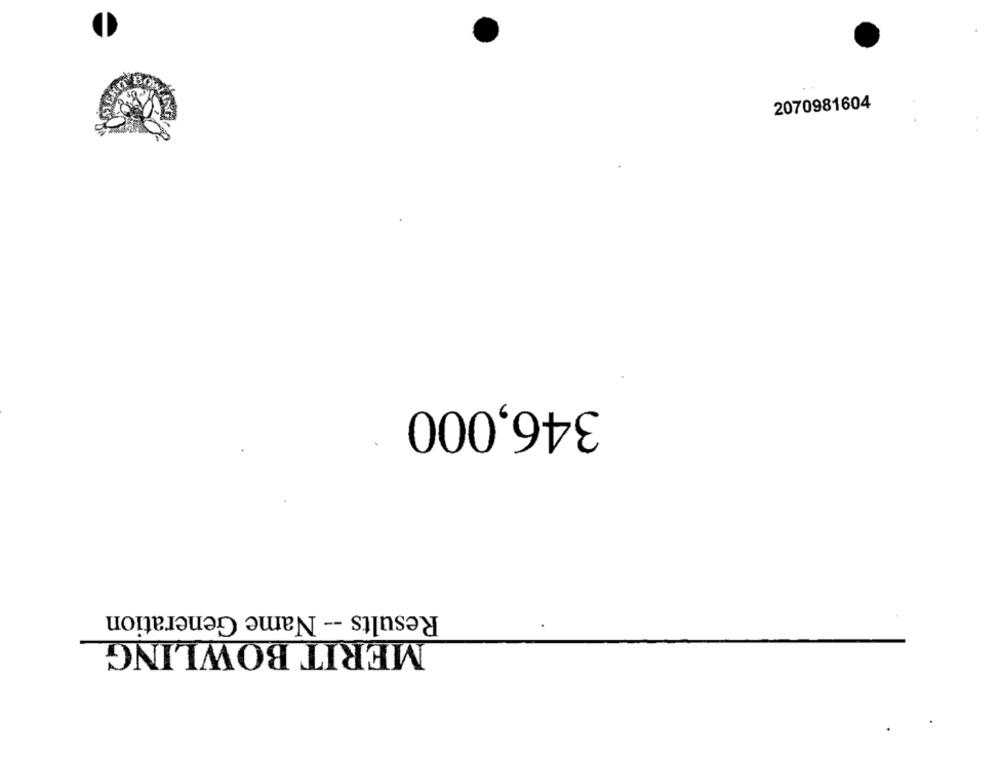
2070981604
346,000
Results -- Name Generation
MERIT BOWLING